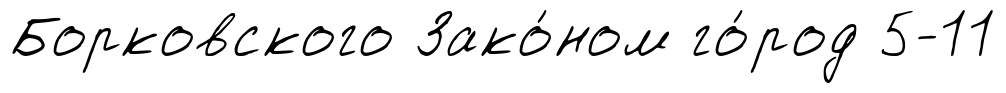
Борковского Зако́ном го́род 5-11